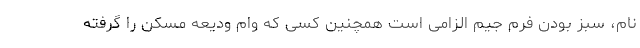
نام، سبز بودن فرم جیم الزامی است همچنین کسی که وام ودیعه مسکن را گرفته